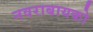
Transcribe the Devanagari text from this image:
नवराबायको